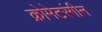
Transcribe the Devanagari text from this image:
क्रोमेटरंगीन